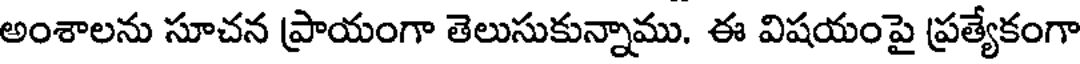
అంశాలను సూచన ప్రాయంగా తెలుసుకున్నాము. ఈ విషయంపై ప్రత్యేకంగా